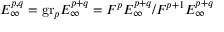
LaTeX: E _ { \infty } ^ { p , q } = { \mathrm { g r } } _ { p } E _ { \infty } ^ { p + q } = F ^ { p } E _ { \infty } ^ { p + q } / F ^ { p + 1 } E _ { \infty } ^ { p + q }